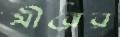
মীরের